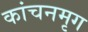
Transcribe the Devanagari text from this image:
कांचनमृग